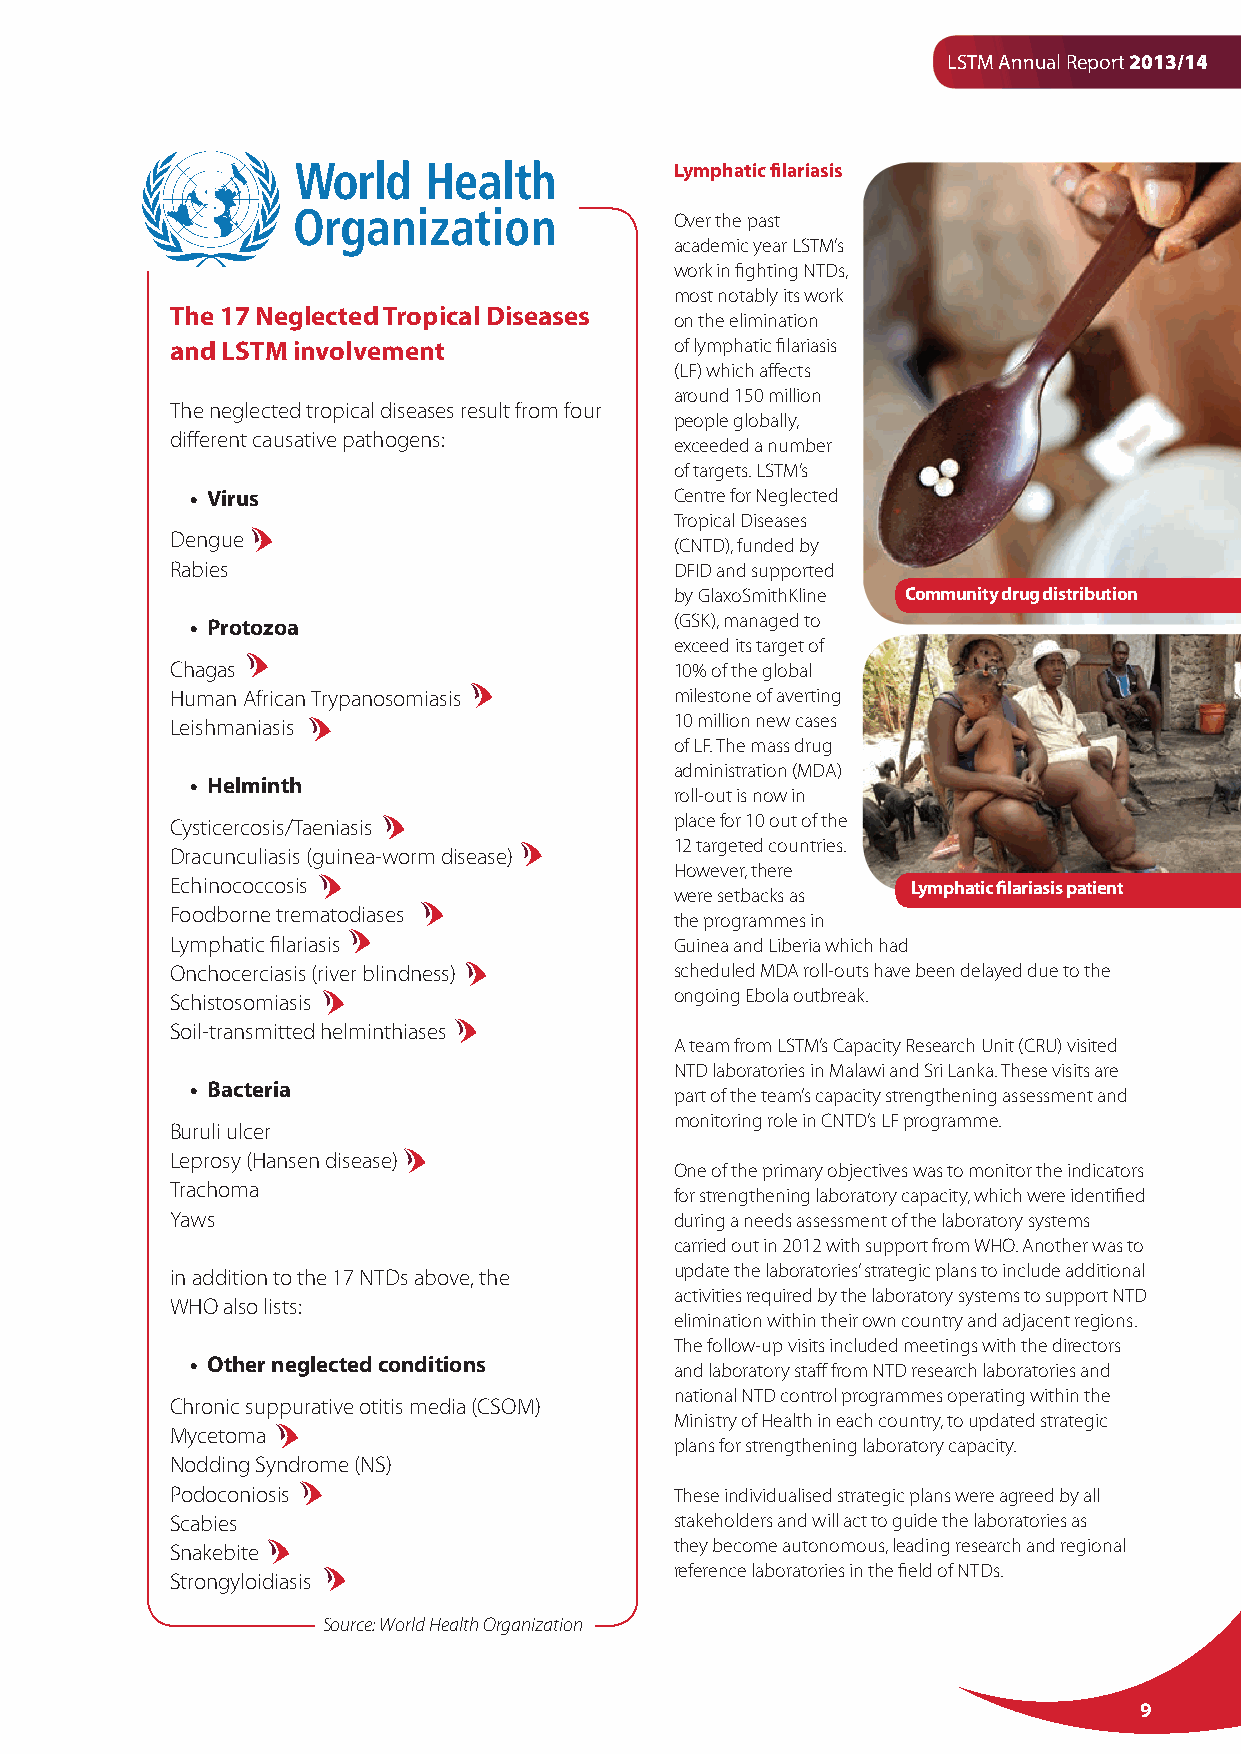
LSTM Annual Report 2013/14
 Lymphatic filariasis
 Over the past
 academic year LSTM’s
 work in fighting NTDs,
 most notably its work
 The 17 Neglected Tropical Diseases
 on the elimination
 and LSTM involvement              of lymphatic filariasis
 (LF) which affects
 around 150 million
 The neglected tropical diseases result from four
 people globally,
 different causative pathogens:
 exceeded a number
 of targets. LSTM’s
 • Virus                         Centre for Neglected
 Tropical Diseases
 Dengue
 (CNTD), funded by
 Rabies                            DFID and supported
 by GlaxoSmithKline Community drug distribution
 • Protozoa                      (GSK), managed to
 exceed its target of
 Chagas                            10% of the global
 Human African Trypanosomiasis     milestone of averting
 Leishmaniasis                     10 million new cases
 of LF. The mass drug
 administration (MDA)
 • Helminth
 roll-out is now in
 Cysticercosis/Taeniasis           place for 10 out of the
 12 targeted countries.
 Dracunculiasis (guinea-worm disease)
 However, there
 Echinococcosis                                   Lymphatic filariasis patient
 were setbacks as
 Foodborne trematodiases
 the programmes in
 Lymphatic filariasis              Guinea and Liberia which had
 Onchocerciasis (river blindness)  scheduled MDA roll-outs have been delayed due to the
 Schistosomiasis                   ongoing Ebola outbreak.
 Soil-transmitted helminthiases
 A team from LSTM’s Capacity Research Unit (CRU) visited
 NTD laboratories in Malawi and Sri Lanka. These visits are
 • Bacteria
 part of the team’s capacity strengthening assessment and
 monitoring role in CNTD’s LF programme.
 Buruli ulcer
 Leprosy (Hansen disease)
 One of the primary objectives was to monitor the indicators
 Trachoma
 for strengthening laboratory capacity, which were identified
 Yaws                              during a needs assessment of the laboratory systems
 carried out in 2012 with support from WHO. Another was to
 in addition to the 17 NTDs above, the update the laboratories’ strategic plans to include additional
 activities required by the laboratory systems to support NTD
 WHO also lists:
 elimination within their own country and adjacent regions.
 The follow-up visits included meetings with the directors
 • Other neglected conditions
 and laboratory staff from NTD research laboratories and
 national NTD control programmes operating within the
 Chronic suppurative otitis media (CSOM)
 Ministry of Health in each country, to updated strategic
 Mycetoma
 plans for strengthening laboratory capacity.
 Nodding Syndrome (NS)
 Podoconiosis                      These individualised strategic plans were agreed by all
 Scabies                           stakeholders and will act to guide the laboratories as
 Snakebite                         they become autonomous, leading research and regional
 reference laboratories in the field of NTDs.
 Strongyloidiasis
 Source: World Health Organization
 9